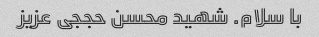
با سلام. شهید محسن حججی عزیز